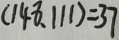
( 1 4 8 . 1 1 1 ) = 3 7